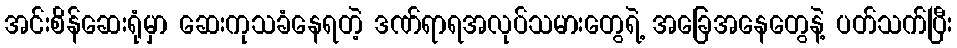
အင်းစိန်ဆေးရုံမှာ ဆေးကုသခံနေရတဲ့ ဒဏ်ရာရအလုပ်သမားတွေရဲ့ အခြေအနေတွေနဲ့ ပတ်သက်ပြီး